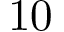
1 0